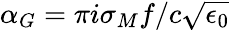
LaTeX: \alpha_{G}=\pi i\sigma_{M}f/c\sqrt{\epsilon_{0}}